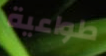
طواعية